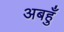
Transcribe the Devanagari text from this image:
अबहुँ